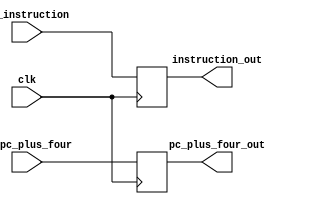
module IF_ID_Reg(
	input clk,
	input [31:0] in_instruction,
	input [31:0] in_pc_plus_four,
	output reg [31:0] instruction_out,
	output reg [31:0] pc_plus_four_out
);

always @(posedge clk)
begin
	instruction_out <= in_instruction;
	pc_plus_four_out <= in_pc_plus_four;
end

endmodule